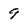
Character: 9